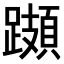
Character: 𨆆